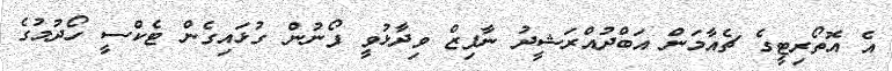
އެ އޮތޯރިޓީގެ ޗެއާމަން އަބްދުއްރަޝީދު ނާފިޒް ވިދާޅުވީ ފޯނުން ގުޅައިގެން ޓެކްސީ ހޯދުމުގެ